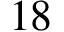
1 8